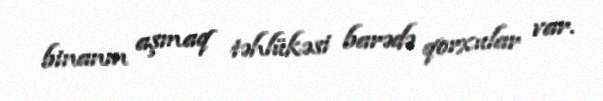
binanın aşmaq təhlükəsi barədə qorxular var.